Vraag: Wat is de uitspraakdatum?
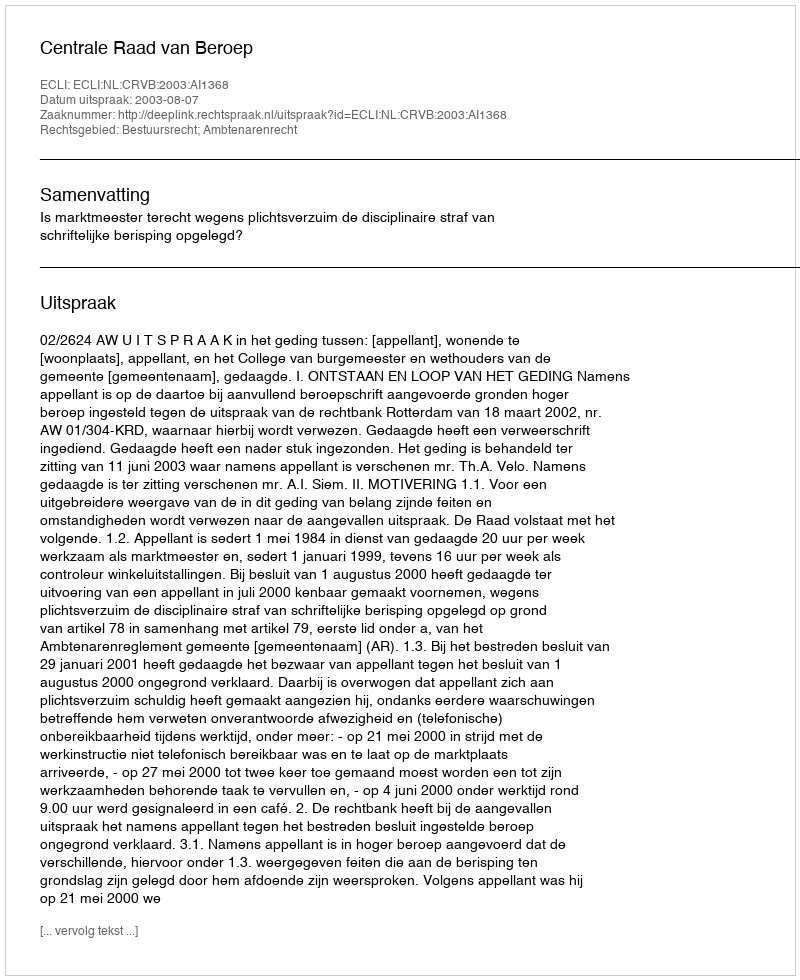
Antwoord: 2003-08-07